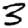
Digit: 3